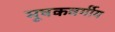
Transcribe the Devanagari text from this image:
मूषकवर्गीय